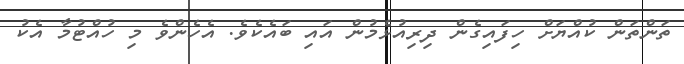
ތަންތަން ކުއްޔަށް ހިފައިގެން ދިރިއުޅެމުން އައި ބައެކެވެ. އެހެންވެ މި ހުއްޓުމާ އެކު